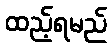
ထည့်ရမည်